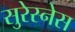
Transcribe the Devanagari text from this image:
सुरेस्नेस